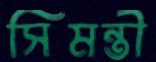
সিমন্তী